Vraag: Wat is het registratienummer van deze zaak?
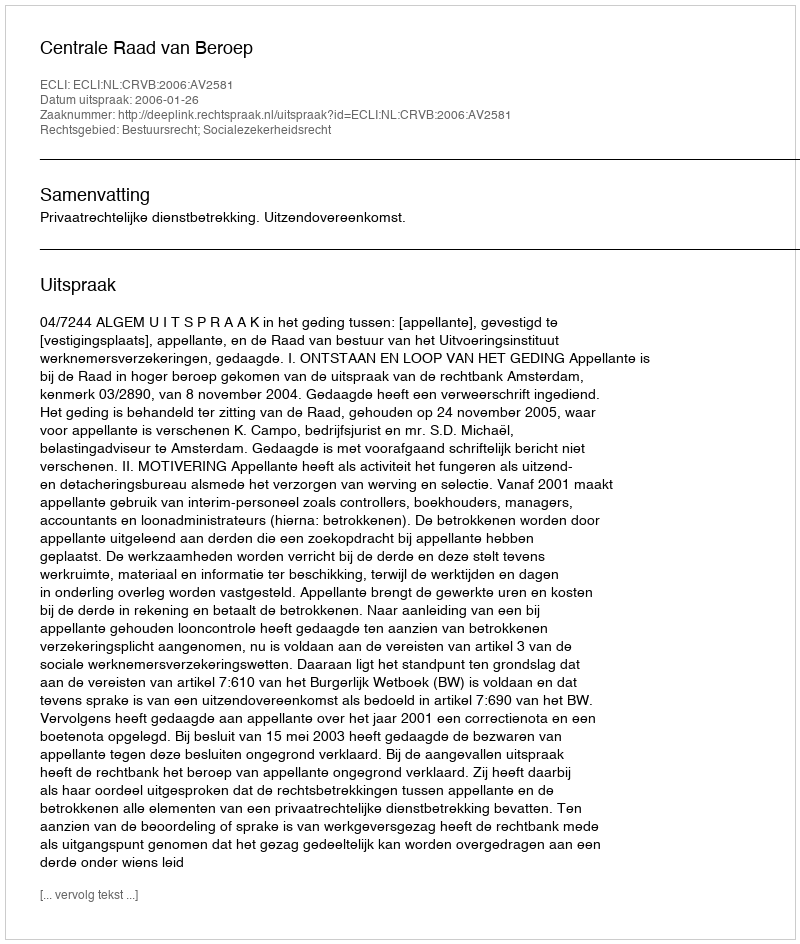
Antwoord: http://deeplink.rechtspraak.nl/uitspraak?id=ECLI:NL:CRVB:2006:AV2581